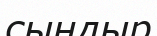
сындыр